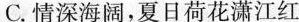
C.情深海阔，夏日荷花潇江红